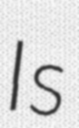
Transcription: Is